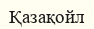
Қазақойл